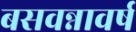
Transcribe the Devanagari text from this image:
बसवन्नावर्ष